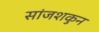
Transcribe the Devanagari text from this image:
सांजशकुन